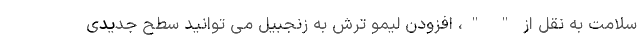
سلامت به نقل از " "، افزودن لیمو ترش به زنجبیل می توانید سطح جدیدی